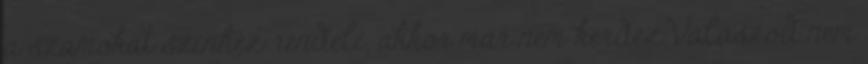
a szamokat szinhez rendeli, akkor mar nem kerdez.Valaszod nem